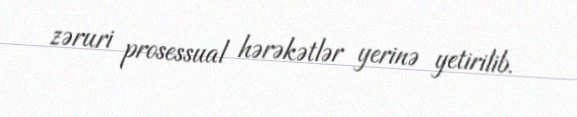
zəruri prosessual hərəkətlər yerinə yetirilib.